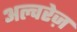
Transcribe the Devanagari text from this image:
अल्वरेज़